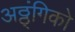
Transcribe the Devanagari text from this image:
अठ्ठ्ंगिको